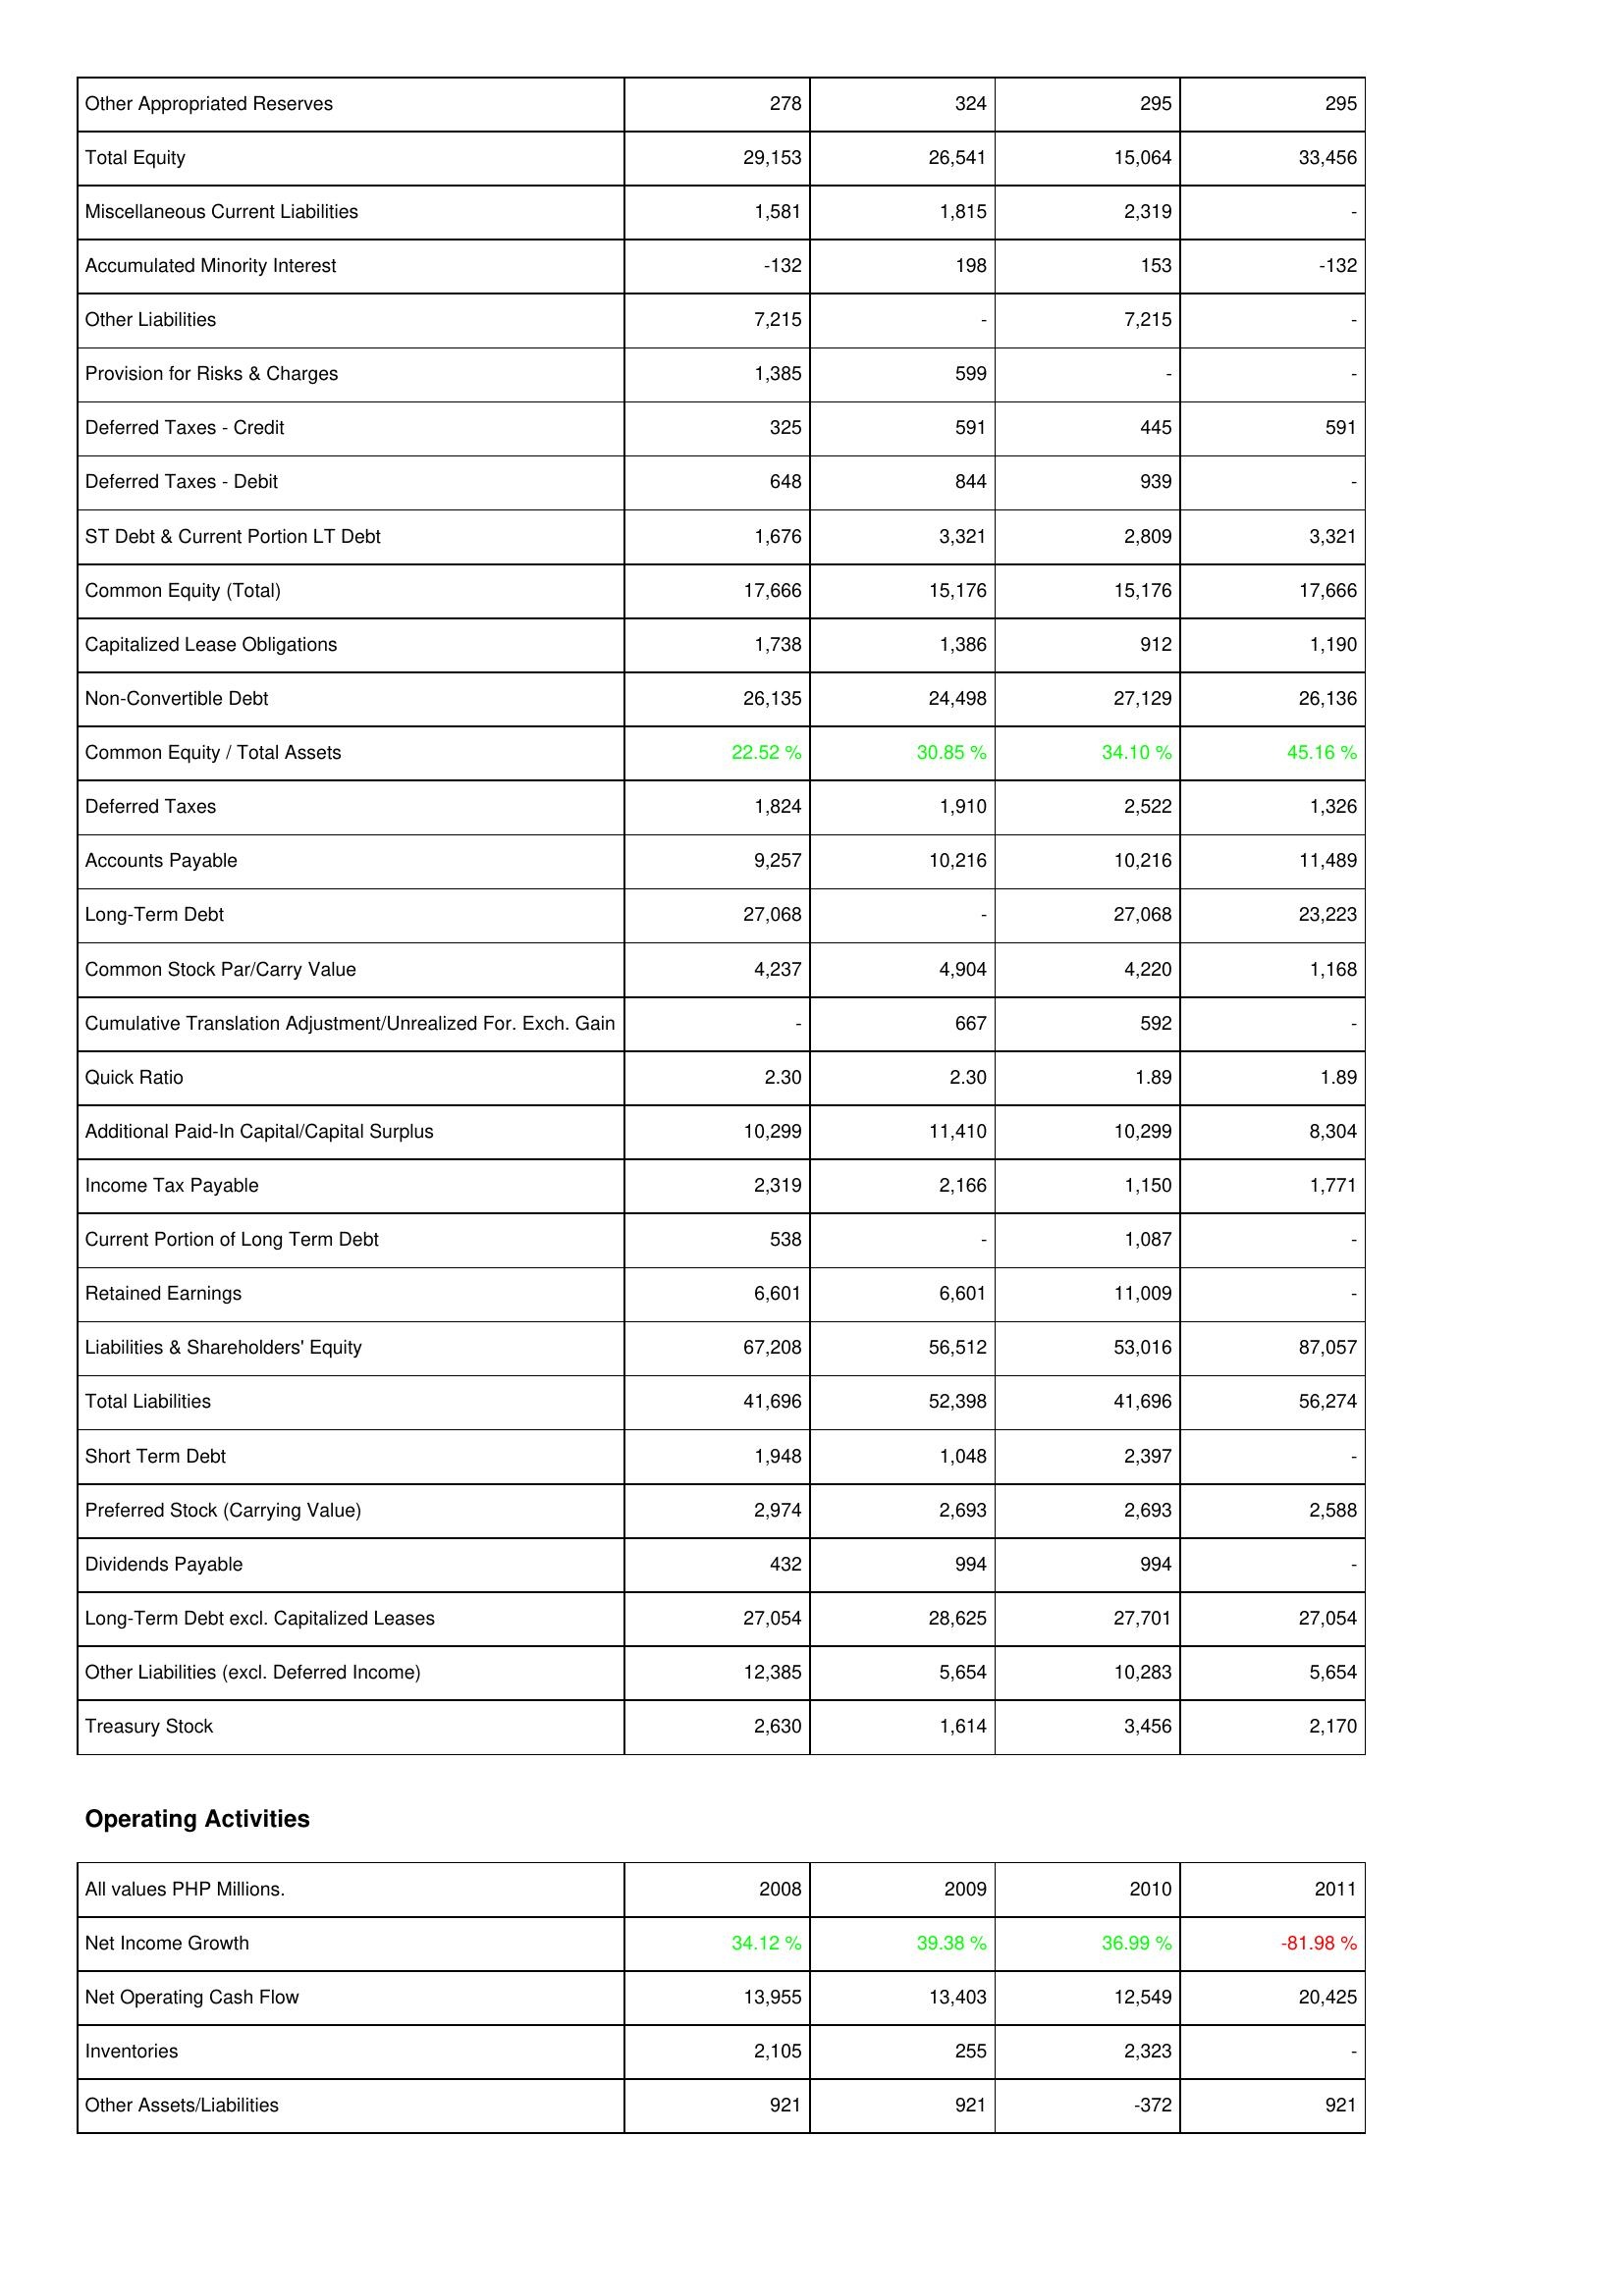
2008: Liabilities & Shareholders' Equity: Other Appropriated Reserves: 278
Total Equity: 29,153
Miscellaneous Current Liabilities: 1,581
Accumulated Minority Interest: -132
Other Liabilities: 7,215
Provision for Risks & Charges: 1,385
Deferred Taxes - Credit: 325
Deferred Taxes - Debit: 648
ST Debt & Current Portion LT Debt: 1,676
Common Equity (Total): 17,666
Capitalized Lease Obligations: 1,738
Non-Convertible Debt: 26,135
Common Equity / Total Assets: 22.52 %
Deferred Taxes: 1,824
Accounts Payable: 9,257
Long-Term Debt: 27,068
Common Stock Par/Carry Value: 4,237
Cumulative Translation Adjustment/Unrealized For. Exch. Gain: -
Quick Ratio: 2.30
Additional Paid-In Capital/Capital Surplus: 10,299
Income Tax Payable: 2,319
Current Portion of Long Term Debt: 538
Retained Earnings: 6,601
Liabilities & Shareholders' Equity: 67,208
Total Liabilities: 41,696
Short Term Debt: 1,948
Preferred Stock (Carrying Value): 2,974
Dividends Payable: 432
Long-Term Debt excl. Capitalized Leases: 27,054
Other Liabilities (excl. Deferred Income): 12,385
Treasury Stock: 2,630
Operating Activities: Net Income Growth: 34.12 %
Net Operating Cash Flow: 13,955
Inventories: 2,105
Other Assets/Liabilities: 921
2009: Liabilities & Shareholders' Equity: Other Appropriated Reserves: 324
Total Equity: 26,541
Miscellaneous Current Liabilities: 1,815
Accumulated Minority Interest: 198
Other Liabilities: -
Provision for Risks & Charges: 599
Deferred Taxes - Credit: 591
Deferred Taxes - Debit: 844
ST Debt & Current Portion LT Debt: 3,321
Common Equity (Total): 15,176
Capitalized Lease Obligations: 1,386
Non-Convertible Debt: 24,498
Common Equity / Total Assets: 30.85 %
Deferred Taxes: 1,910
Accounts Payable: 10,216
Long-Term Debt: -
Common Stock Par/Carry Value: 4,904
Cumulative Translation Adjustment/Unrealized For. Exch. Gain: 667
Quick Ratio: 2.30
Additional Paid-In Capital/Capital Surplus: 11,410
Income Tax Payable: 2,166
Current Portion of Long Term Debt: -
Retained Earnings: 6,601
Liabilities & Shareholders' Equity: 56,512
Total Liabilities: 52,398
Short Term Debt: 1,048
Preferred Stock (Carrying Value): 2,693
Dividends Payable: 994
Long-Term Debt excl. Capitalized Leases: 28,625
Other Liabilities (excl. Deferred Income): 5,654
Treasury Stock: 1,614
Operating Activities: Net Income Growth: 39.38 %
Net Operating Cash Flow: 13,403
Inventories: 255
Other Assets/Liabilities: 921
2010: Liabilities & Shareholders' Equity: Other Appropriated Reserves: 295
Total Equity: 15,064
Miscellaneous Current Liabilities: 2,319
Accumulated Minority Interest: 153
Other Liabilities: 7,215
Provision for Risks & Charges: -
Deferred Taxes - Credit: 445
Deferred Taxes - Debit: 939
ST Debt & Current Portion LT Debt: 2,809
Common Equity (Total): 15,176
Capitalized Lease Obligations: 912
Non-Convertible Debt: 27,129
Common Equity / Total Assets: 34.10 %
Deferred Taxes: 2,522
Accounts Payable: 10,216
Long-Term Debt: 27,068
Common Stock Par/Carry Value: 4,220
Cumulative Translation Adjustment/Unrealized For. Exch. Gain: 592
Quick Ratio: 1.89
Additional Paid-In Capital/Capital Surplus: 10,299
Income Tax Payable: 1,150
Current Portion of Long Term Debt: 1,087
Retained Earnings: 11,009
Liabilities & Shareholders' Equity: 53,016
Total Liabilities: 41,696
Short Term Debt: 2,397
Preferred Stock (Carrying Value): 2,693
Dividends Payable: 994
Long-Term Debt excl. Capitalized Leases: 27,701
Other Liabilities (excl. Deferred Income): 10,283
Treasury Stock: 3,456
Operating Activities: Net Income Growth: 36.99 %
Net Operating Cash Flow: 12,549
Inventories: 2,323
Other Assets/Liabilities: -372
2011: Liabilities & Shareholders' Equity: Other Appropriated Reserves: 295
Total Equity: 33,456
Miscellaneous Current Liabilities: -
Accumulated Minority Interest: -132
Other Liabilities: -
Provision for Risks & Charges: -
Deferred Taxes - Credit: 591
Deferred Taxes - Debit: -
ST Debt & Current Portion LT Debt: 3,321
Common Equity (Total): 17,666
Capitalized Lease Obligations: 1,190
Non-Convertible Debt: 26,136
Common Equity / Total Assets: 45.16 %
Deferred Taxes: 1,326
Accounts Payable: 11,489
Long-Term Debt: 23,223
Common Stock Par/Carry Value: 1,168
Cumulative Translation Adjustment/Unrealized For. Exch. Gain: -
Quick Ratio: 1.89
Additional Paid-In Capital/Capital Surplus: 8,304
Income Tax Payable: 1,771
Current Portion of Long Term Debt: -
Retained Earnings: -
Liabilities & Shareholders' Equity: 87,057
Total Liabilities: 56,274
Short Term Debt: -
Preferred Stock (Carrying Value): 2,588
Dividends Payable: -
Long-Term Debt excl. Capitalized Leases: 27,054
Other Liabilities (excl. Deferred Income): 5,654
Treasury Stock: 2,170
Operating Activities: Net Income Growth: -81.98 %
Net Operating Cash Flow: 20,425
Inventories: -
Other Assets/Liabilities: 921